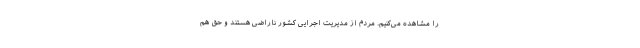
را مشاهده می‌کنیم. مردم از مدیریت اجرایی کشور ناراضی هستند و حق هم